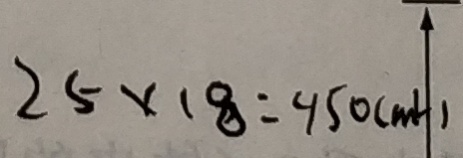
2 5 \times 1 8 = 4 5 0 ( m l )